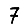
Digit: 7